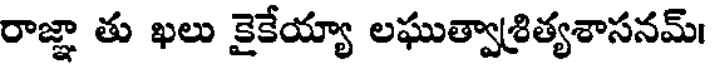
రాజ్ఞా తు ఖలు కైకేయ్యా లఘుత్వాశ్రిత్యశాసనమ్।